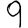
Digit: 9